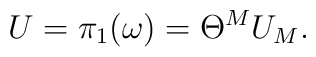
U = \pi_1 (\omega) = \Theta^M U_M.